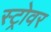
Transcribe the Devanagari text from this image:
स्ट्रोवर